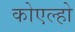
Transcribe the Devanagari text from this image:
कोएल्हो